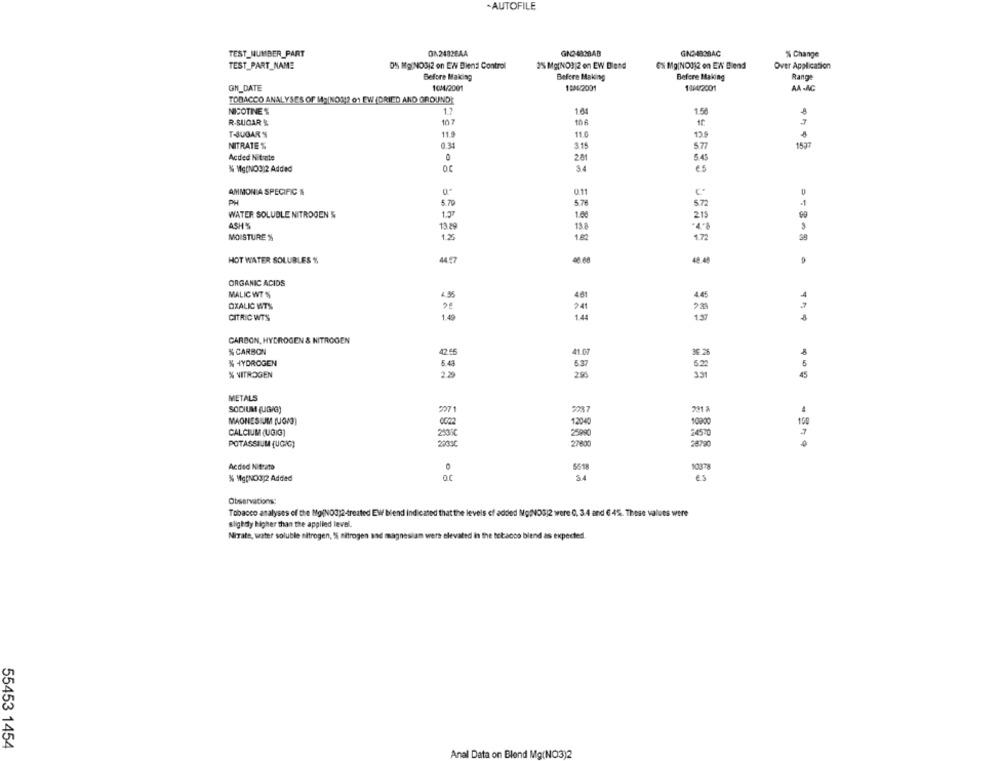
-AUTOFILE
TEST_NUMBER_PART
GN2482BAA
GN3-482BAB
GN:483BAC
% Change
TEST_PART_NAME
0% Mg:NO312 on EN Biens Control
2% Mg(NO3)2 en EW Blend
6% Mg(NO3)2 on EW' Blend
Over Application
Before Making
Before Making
Before Making
Range
GN_DATE
10/4/2001
1804/2001
14/4/2001
AA-AC
TOBACCO ANALYSES OF 14:|NO1]? o EW (DRIED AND GROUND]
NICOTINE %
1.7
16
1.58
R-SUGAR &
107
T-JUGAR%
11.9
11.0
13
NITRATE %
0.31
3.15
1537
577
Acded Nitrate
0
281
5.45
% Mg(NO3)2 Added
34
es
AMMON A SPECIFIC &
PH
5.70
5.7
572
-1
WATER SOLUBLE NITROGEN &
1.2
1.00
215
ASH%
13.29
13.8
3
MOISTURE %
1.25
18
172
HOT WATER SOLUBLES %
4457
48.40
ORGANIC ACIDS
MALIC WT %
4. 35
46
4.45
OXALIC WT%
241
CITRIC WTS
1.49
1.44
137
CARBON, HYDROGEN & NITROGEN
% CARBON
42.55
41.07
36 28
% HYDROGEN
5.41
5.37
5.22
% NITROGEN
45
METALS
SODIUM (UG/G)
2071
2787
MAGNESIUM (UOMO)
1.2040
10000
100
CALCIUM (UGIG]
25900
24570
POTASSIUM (UGIG)
27800
28790
100 -379
Acded Nitrato
0
5518
1037
% Mg(NO3)2 Added
54
es
Observations:
Tobacco analyses of the Mg(NOG;2-treated EW biend Indicated that the levels of added Mg(NO3)2 were 0, 3.4 and 6 45. These values were
Slightly higher than the applied level.
NiTate, water soluble nitrogen, 1% nitrogen and magnesiam wers elevated in the tobacco blend as expected.
55453 1454
Anal Data on Blend Mg(NO3)2